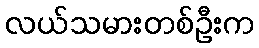
လယ်သမားတစ်ဦးက